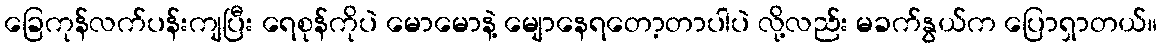
ခြေကုန်လက်ပန်းကျပြီး ရေစုန်ကိုပဲ မောမောနဲ့ မျောနေရတော့တာပါပဲ လို့လည်း မခက်နွယ်က ပြောရှာတယ်။